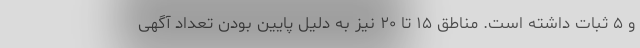
و ۵ ثبات داشته است. مناطق ۱۵ تا ۲۰ نیز به دلیل پایین بودن تعداد آگهی